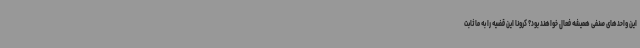
این واحدهای صنفی همیشه فعال خواهند بود؟ کرونا این قضیه را به ما ثابت